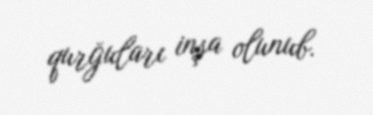
qurğuları inşa olunub.